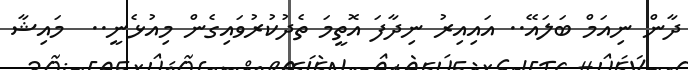
ދާން ނިއަމް ބަލައޭ.. އައިއިރު ނިދާފަ އޮތީމަ ތެދުކުރުވައިގެން މިއުޅެނީ..  މައިޝާ